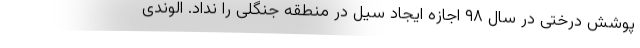
پوشش درختی در سال ۹۸ اجازه ایجاد سیل در منطقه جنگلی را نداد. الوندی‌